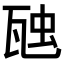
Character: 𭺟